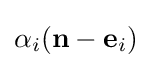
{\alpha _{i}(\mathbf {n} -\mathbf {e} _{i})}